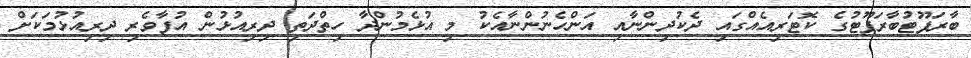
ބާރަފޫޓުބާރަފޫޓުގެ ކޮޓަރިއެއްގައި ދެކުދިންނާއި އަންހެނުންނާއެކު މި އުޅެމުންދާ ހިތްދަތި ދިރިއުޅުން އުފާވެރި ދިރިއުޅުމަކަށް